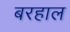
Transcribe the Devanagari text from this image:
बरहाल